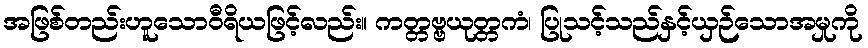
အဖြစ်တည်းဟူသောဝီရိယဖြင့်လည်း။ ကတ္တဗ္ဗယုတ္တကံ၊ ပြုသင့်သည်နှင့်ယှဉ်သောအမှုကို